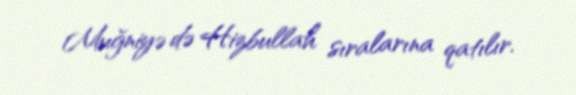
Muğniyə də Hizbullah sıralarına qatılır.